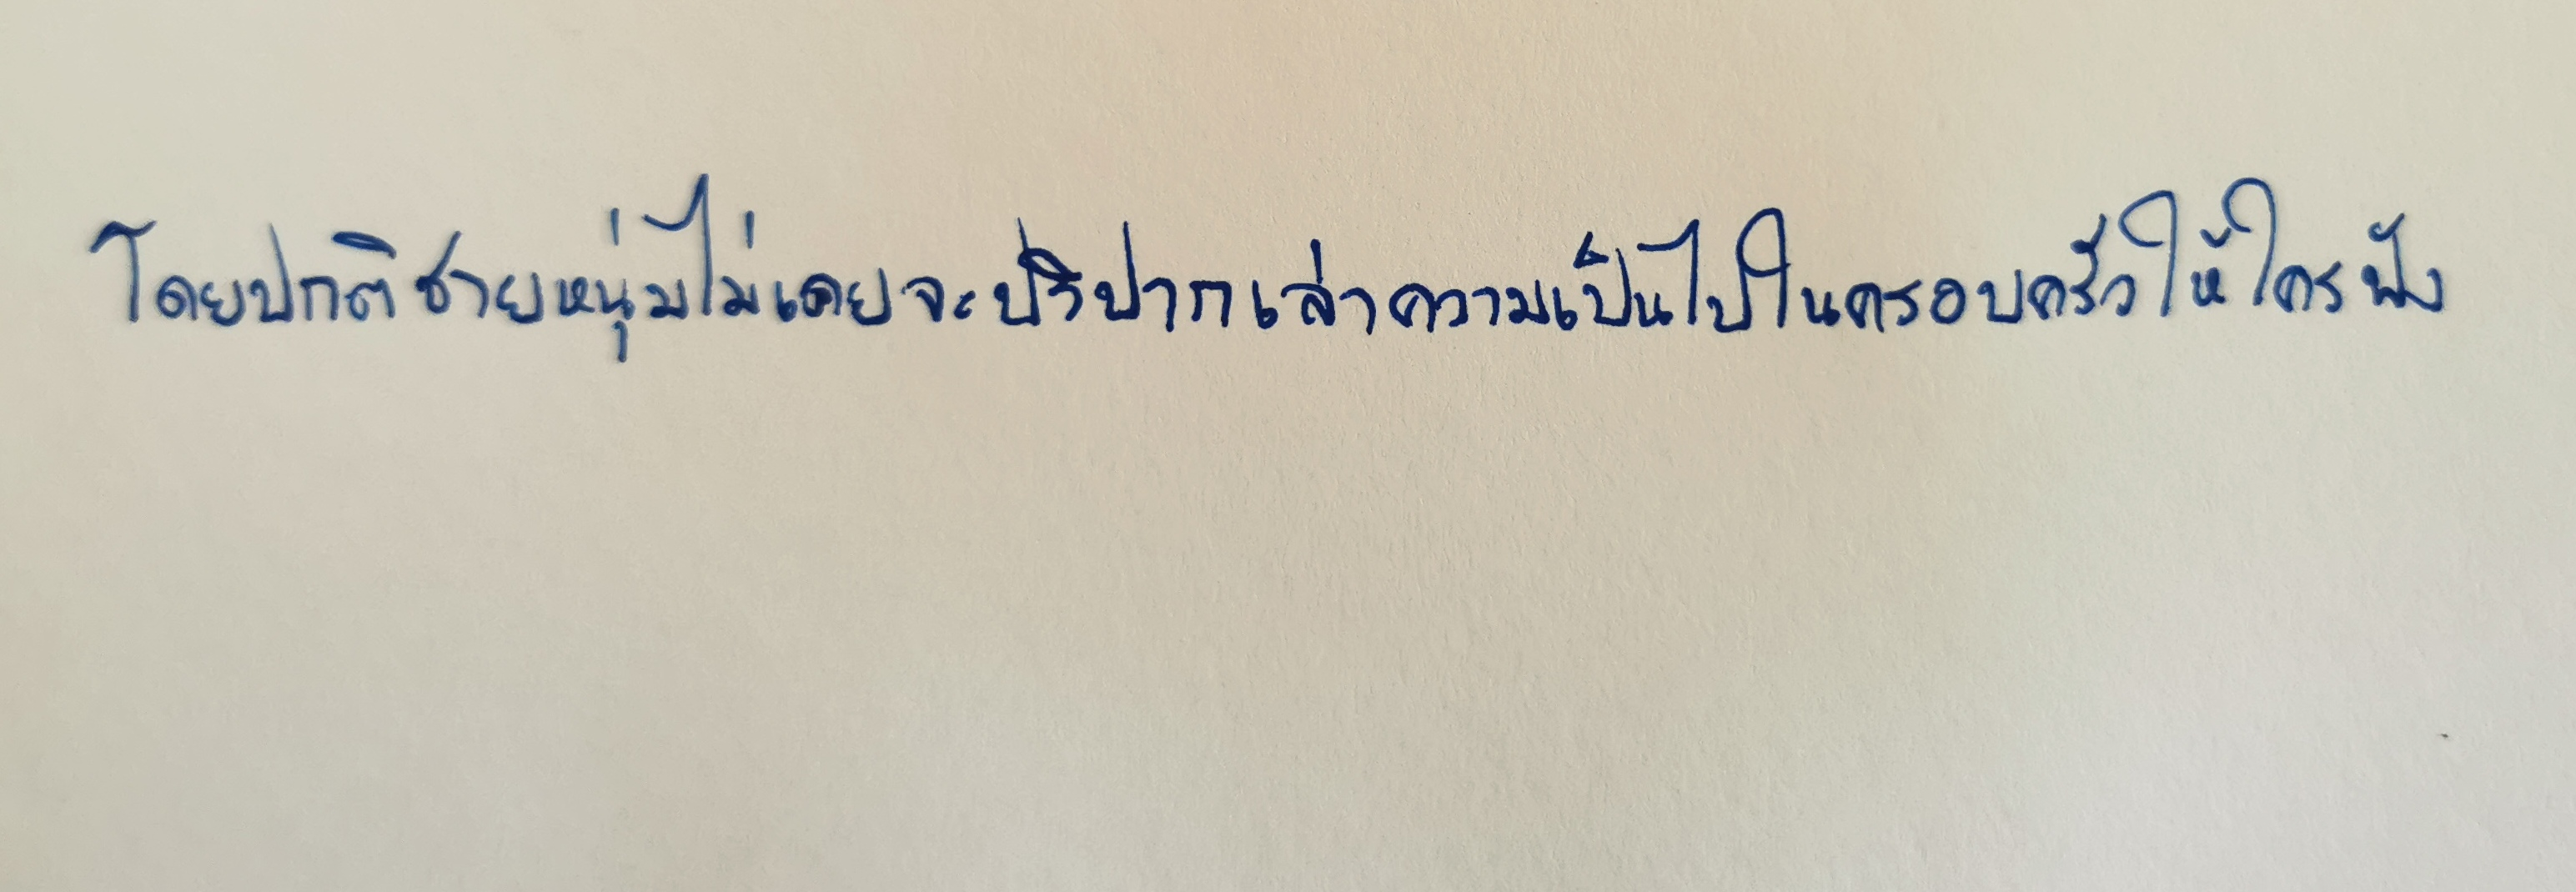
โดยปกติชายหนุ่มไม่เคยจะปริปากเล่าความเป็นไปในครอบครัวให้ใครฟัง